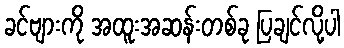
ခင်ဗျားကို အထူးအဆန်းတစ်ခု ပြချင်လို့ပါ